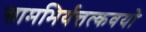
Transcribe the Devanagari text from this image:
सामभिर्यत्तत्कवयो